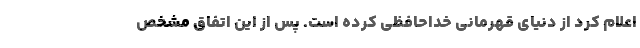
اعلام کرد از دنیای قهرمانی خداحافظی کرده است. پس از این اتفاق مشخص